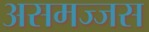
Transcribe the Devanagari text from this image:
असमज्जस